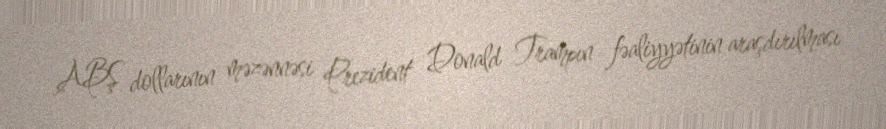
ABŞ dollarının məzənnəsi Prezident Donald Trampın fəaliyyətinin araşdırılması